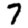
Digit: 7